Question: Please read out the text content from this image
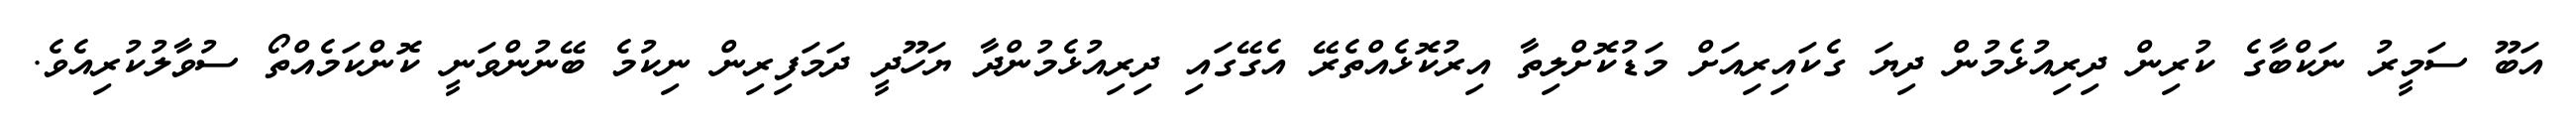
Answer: އަބޫ ސަމީރު ނަކްބާގެ ކުރިން ދިރިއުޅެމުން ދިޔަ ގެކައިރިއަށް މަޑުކޮށްލިތާ އިރުކޮޅެއްތެރޭ އެގޭގައި ދިރިއުޅެމުންދާ ޔަހޫދީ ދަމަފިރިން ނިކުމެ ބޭނުންވަނީ ކޮންކަމެއްތޯ ސުވާލުކުރިއެވެ.